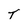
Character: T